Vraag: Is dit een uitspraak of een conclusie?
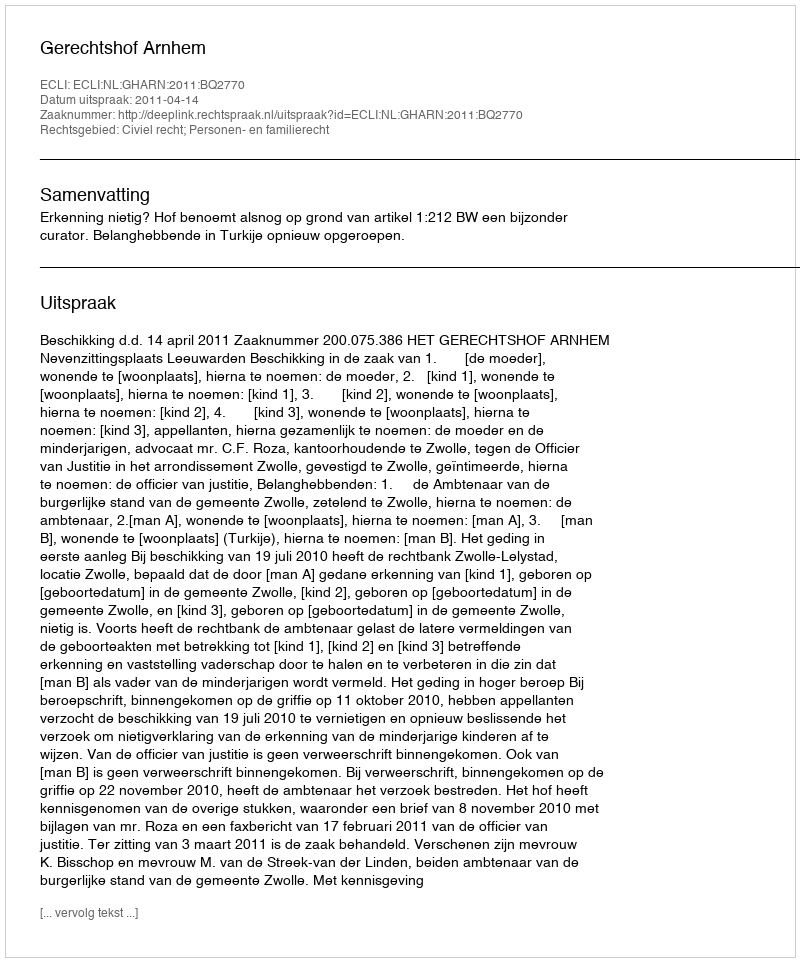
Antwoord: Uitspraak